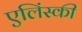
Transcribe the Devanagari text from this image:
एलिंस्की